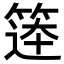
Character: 𮅨